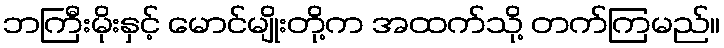
ဘကြီးမိုးနှင့် မောင်မျိုးတို့က အထက်သို့ တက်ကြမည်။